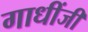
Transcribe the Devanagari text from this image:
गाधींजी